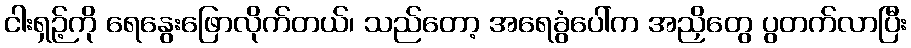
ငါးရှဉ့်ကို ရေနွေးဖြောလိုက်တယ်၊ သည်တော့ အရေခွံပေါ်က အညှိတွေ ပွတက်လာပြီး